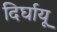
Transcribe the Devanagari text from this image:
दिर्घायू